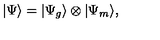
| \Psi \rangle = | \Psi _ { g } \rangle \otimes | \Psi _ { m } \rangle ,